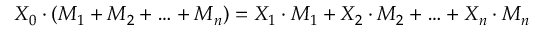
X _ { 0 } \cdot ( M _ { 1 } + M _ { 2 } + \ldots + M _ { n } ) = X _ { 1 } \cdot M _ { 1 } + X _ { 2 } \cdot M _ { 2 } + \ldots + X _ { n } \cdot M _ { n }